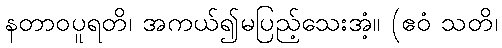
နတာဝပူရတိ၊ အကယ်၍မပြည့်သေးအံ့။ (ဧဝံ သတိ၊